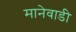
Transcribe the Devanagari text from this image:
मानेवाडी